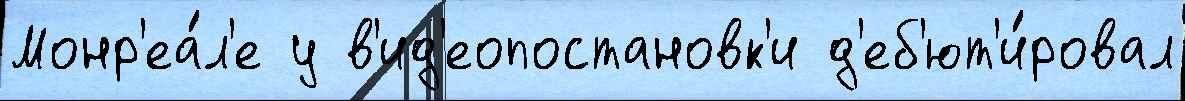
Монр'еа́л'е у в'ид'еопостановк'и д'еб'ют'и́ровал